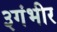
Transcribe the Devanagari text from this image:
३गंभीर